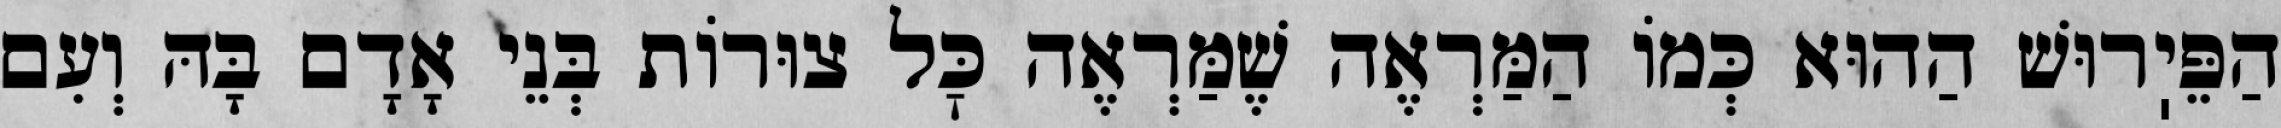
הַפֵּיֽרוּשׁ הַהוּא כְּמוֹ הַמַּרְאֶה שֶׁמַּרְאֶה כׇּל צוּרוֹת בְּנֵי אָדָם בָּהּ וְעִם